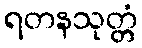
ရတနသုတ္တံ